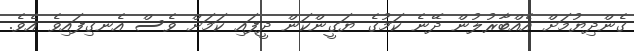
ގެންދިޔުމަށް އެއްބާރުލުން ދޭނެ ކަމުގެ ޔަގީންކަން ދީފައި ކަމަށް ވެސް އެނގިފައިވެ އެވެ.